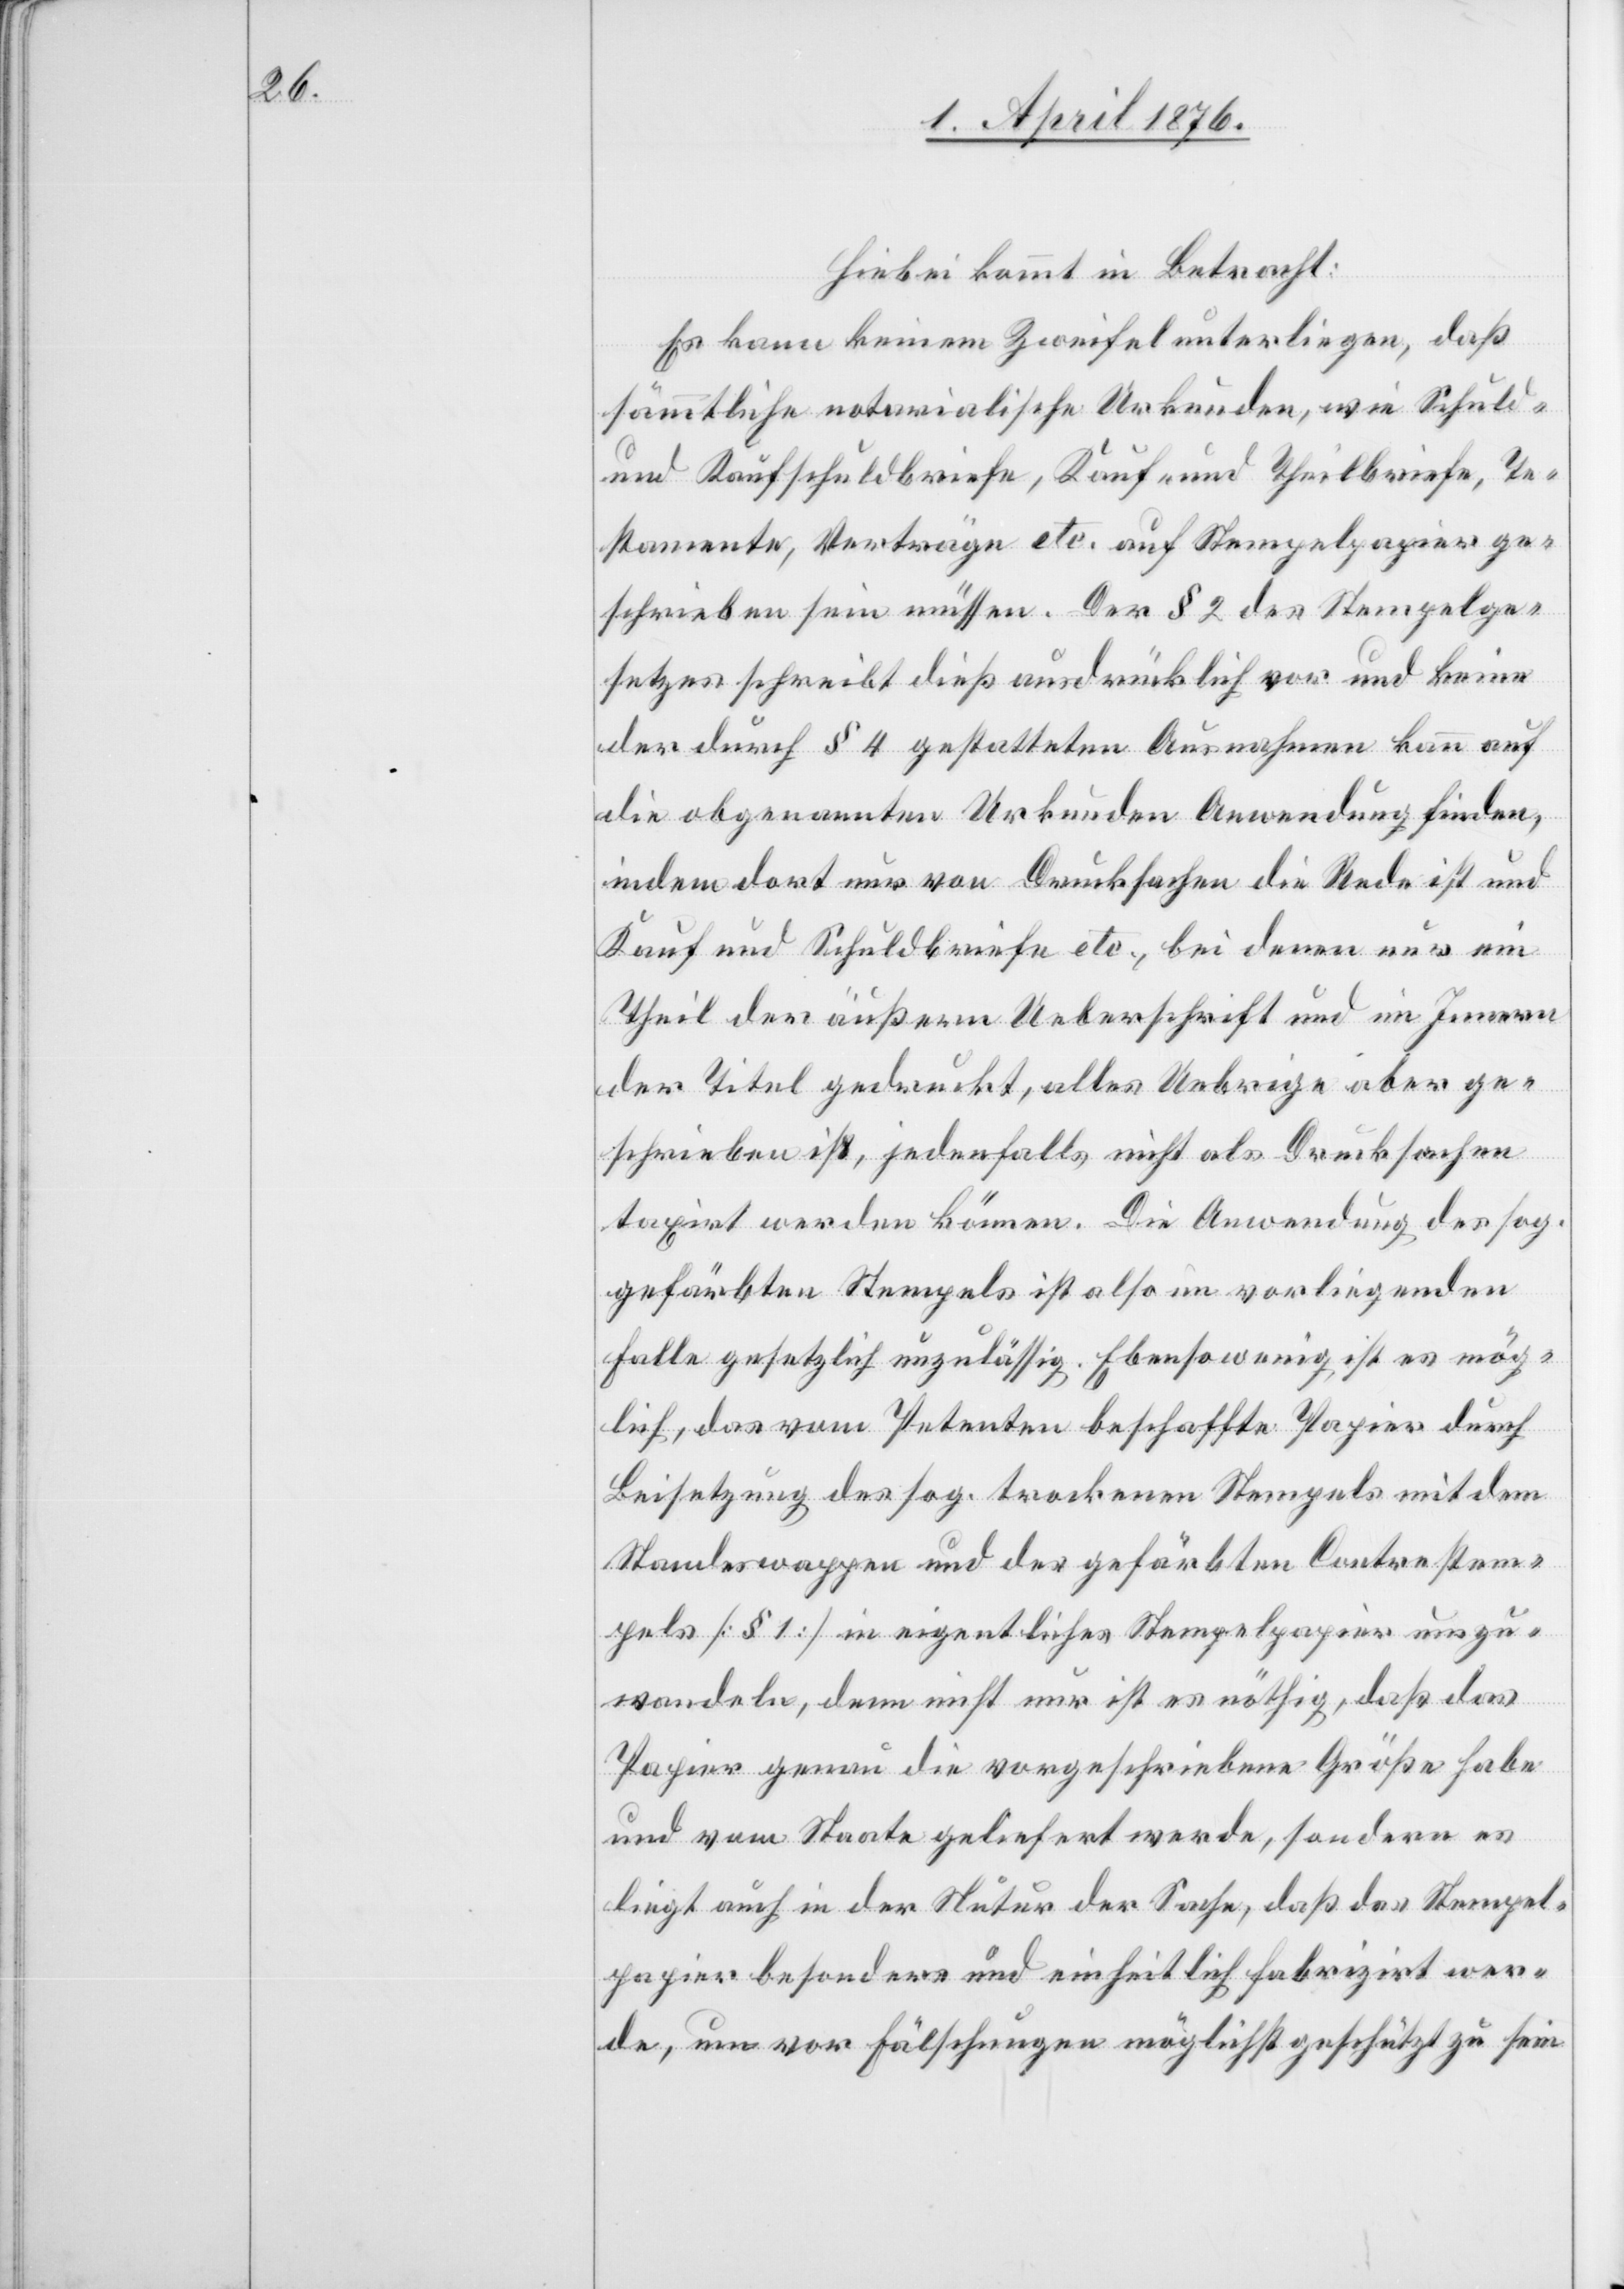
Hiebei kommt in Betracht:
Es kann keinem Zweifel unterliegen, daß
sämmtliche notarialische Urkunden, wie Schuld-
und Kaufschuldbriefe, Kauf- und Theilbriefe, Te¬
stamente, Verträge etc. auf Stempelpapier ge¬
schrieben sein müssen. Der § 2 des Stempelge¬
setzes schreibt dieß ausdrücklich vor und keine
der durch § 4 gestatteten Ausnahmen kann auf
die obgenannten Urkunden Anwendung finden,
indem dort nur von Drucksachen die Rede ist und
Kauf und Schuldbriefe etc., bei denen nur ein
Theil der äußern Ueberschrift und im Innern
der Titel gedruckt, alles Uebrige aber ge¬
schrieben ist, jedenfalls nicht als Drucksachen
taxirt werden können. Die Anwendung des sog.
gefärbten Stempels ist also im vorliegenden
Falle gesetzlich unzulässig. Ebensowenig ist es mög¬
lich, das vom Petenten beschaffte Papier durch
Beisetzung des sog. trockenen Stempels mit dem
Standeswappen und des gefärbten Contrestem¬
pels [§ 1] in eigentliches Stempelpapier umzu¬
wandeln, denn nicht nur ist es nöthig, daß das
Papier genau die vorgeschriebene Größe habe
und vom Staate geliefert werde, sondern es
liegt auch in der Natur der Sache, daß das Stempel¬
papier besonders und einheitlich fabrizirt wer¬
de, um vor Fälschungen möglichst geschützt zu sein.